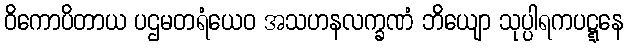
ဝိကောပိတာယ ပဌမတရံယေဝ အသဟနလက္ခဏံ ဘိယျော သုပ္ပါရကပဋ္ဋနေ